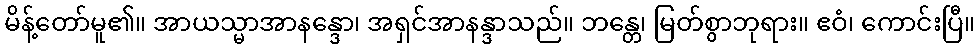
မိန့်တော်မူ၏။ အာယသ္မာအာနန္ဒော၊ အရှင်အာနန္ဒာသည်။ ဘန္တေ၊ မြတ်စွာဘုရား။ ဧဝံ၊ ကောင်းပြီ။